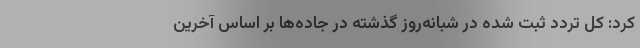
کرد: کل تردد ثبت شده در شبانه‌روز گذشته در جاده‌ها‌ بر اساس آخرین